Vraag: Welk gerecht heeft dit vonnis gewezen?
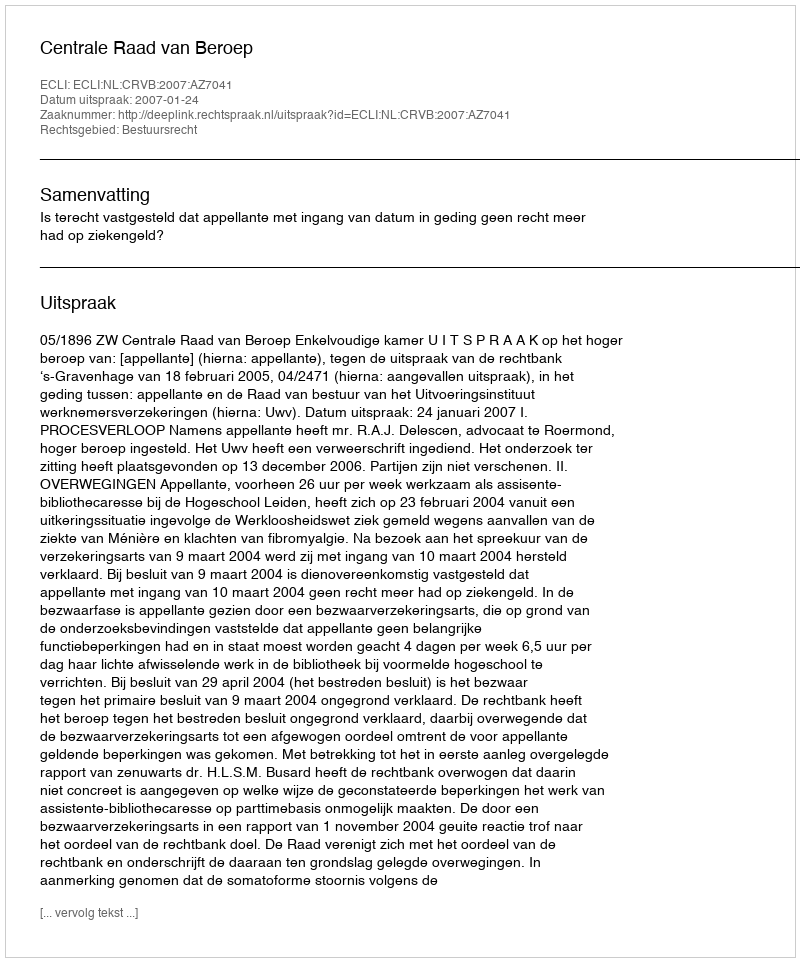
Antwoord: Centrale Raad van Beroep